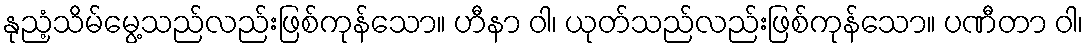
နုညံ့သိမ်မွေ့သည်လည်းဖြစ်ကုန်သော။ ဟီနာ ဝါ၊ ယုတ်သည်လည်းဖြစ်ကုန်သော။ ပဏီတာ ဝါ၊